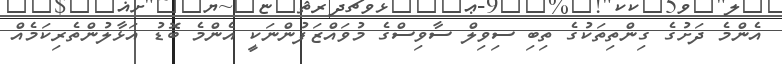
އެންމެ ދަށުގެ ގިންތިތަކުގެ ތިބި ސިވިލް ސާވިސްގެ މުވައްޒަފުންނަކީ އެންމެ ބޮޑު އަޅާލުންތެރިކަމެއް